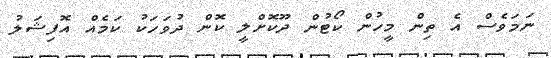
ނަމަވެސް އެ ތިން މީހުން ކޯޓުން ދޫކޮށްލީ ކޮން ދުވަހަކު ކަމެއް އޮފިޝަލު